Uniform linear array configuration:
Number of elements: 12
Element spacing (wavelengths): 1
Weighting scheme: binomial
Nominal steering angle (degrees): -45
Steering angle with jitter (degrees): -43.98
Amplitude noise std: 0.05
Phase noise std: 0.05

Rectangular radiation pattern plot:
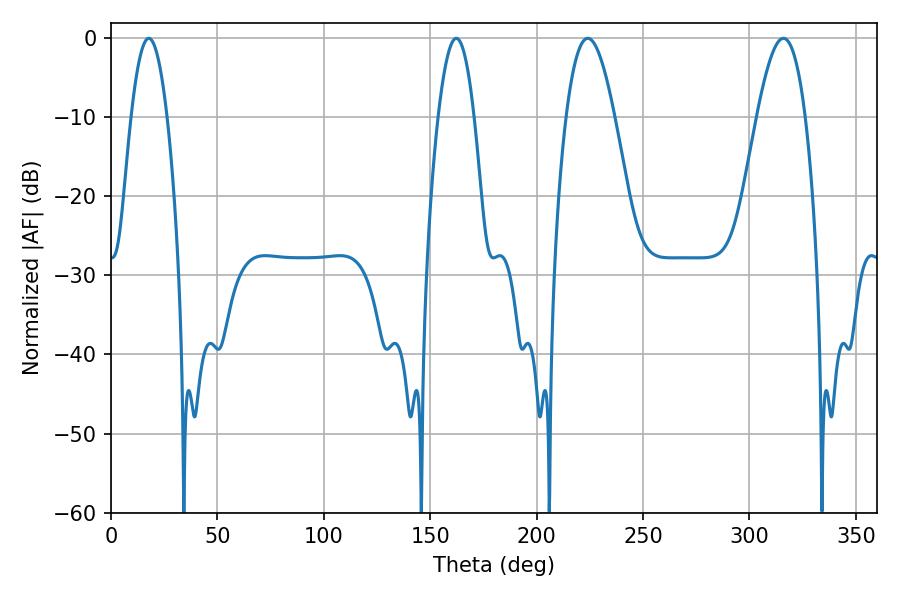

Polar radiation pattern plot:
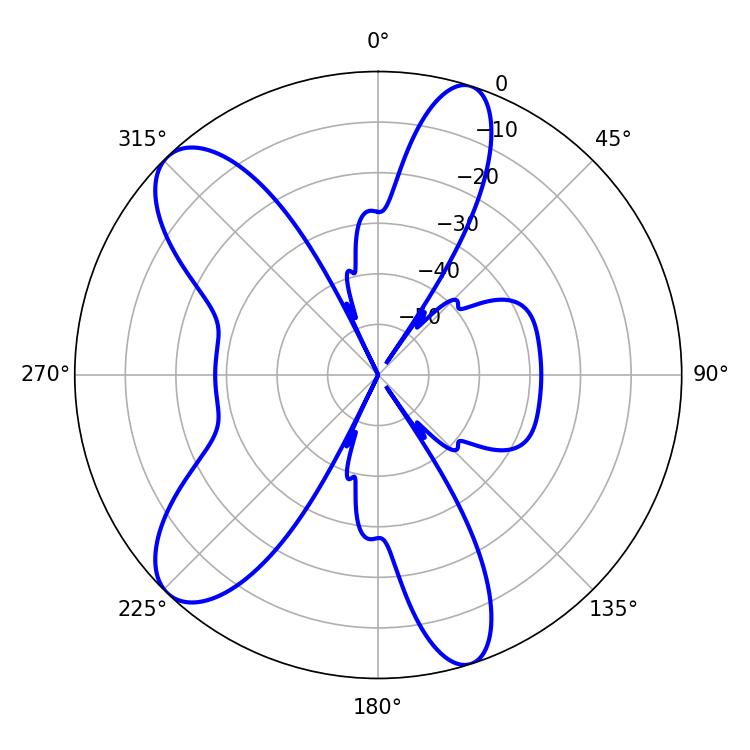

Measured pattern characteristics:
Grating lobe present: TRUE
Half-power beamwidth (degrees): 12.42
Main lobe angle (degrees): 224.1